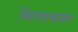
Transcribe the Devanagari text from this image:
स्थिरावल्यानंतर